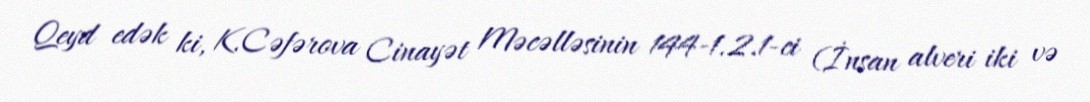
Qeyd edək ki, K.Cəfərova Cinayət Məcəlləsinin 144-1.2.1-ci (İnsan alveri iki və